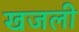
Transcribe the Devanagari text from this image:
खजली